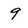
Character: 9